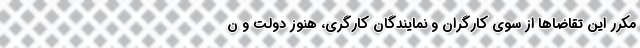
مکرر این تقاضاها از سوی کارگران و نمایندگان کارگری، هنوز دولت و ن